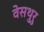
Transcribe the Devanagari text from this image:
वेसथुरु